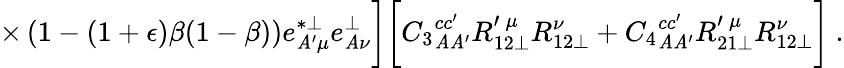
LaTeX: \times\left(1-(1+\epsilon)\beta(1-\beta)\right)e_{\mathit{A}^{\prime}\mu}^{*\perp}e_{\mathit{A}\nu}^{\perp}\biggr]\biggl[{C_{3}}_{\mathit{A}\mathit{A}^{\prime}}^{cc^{\prime}}R_{12\perp}^{\prime\: \mu}R_{12\perp}^{\nu}+{C_{4}}_{\mathit{A}\mathit{A}^{\prime}}^{cc^{\prime}}R_{21\perp}^{\prime\: \mu}R_{12\perp}^{\nu}\biggr]~.